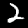
Digit: 2